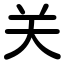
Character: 关